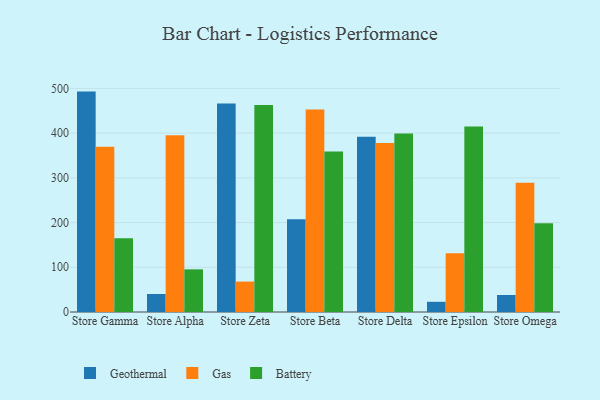
{"axis": {"x": "Store", "y": "Budget (USD K)"}, "legend": ["Battery", "Gas", "Geothermal"], "data": [{"x": "Store Gamma", "y": 492.9, "type": "Geothermal"}, {"x": "Store Gamma", "y": 369.3, "type": "Gas"}, {"x": "Store Gamma", "y": 165.1, "type": "Battery"}, {"x": "Store Alpha", "y": 40.3, "type": "Geothermal"}, {"x": "Store Alpha", "y": 395.3, "type": "Gas"}, {"x": "Store Alpha", "y": 95.4, "type": "Battery"}, {"x": "Store Zeta", "y": 466.1, "type": "Geothermal"}, {"x": "Store Zeta", "y": 68.0, "type": "Gas"}, {"x": "Store Zeta", "y": 463.1, "type": "Battery"}, {"x": "Store Beta", "y": 207.4, "type": "Geothermal"}, {"x": "Store Beta", "y": 452.8, "type": "Gas"}, {"x": "Store Beta", "y": 359.2, "type": "Battery"}, {"x": "Store Delta", "y": 392.1, "type": "Geothermal"}, {"x": "Store Delta", "y": 377.9, "type": "Gas"}, {"x": "Store Delta", "y": 399.1, "type": "Battery"}, {"x": "Store Epsilon", "y": 22.8, "type": "Geothermal"}, {"x": "Store Epsilon", "y": 131.2, "type": "Gas"}, {"x": "Store Epsilon", "y": 414.9, "type": "Battery"}, {"x": "Store Omega", "y": 38.0, "type": "Geothermal"}, {"x": "Store Omega", "y": 289.2, "type": "Gas"}, {"x": "Store Omega", "y": 198.7, "type": "Battery"}]}